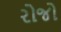
રોજો